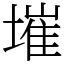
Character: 墔